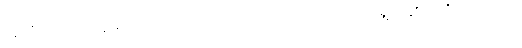
အထံတော်၌။ ဣမာ ဂါထာယော၊ ဤဂါထာတို့ကို။ အဘာသိ၊ ရွတ်၏။ (ကိံ အဘာသိ၊